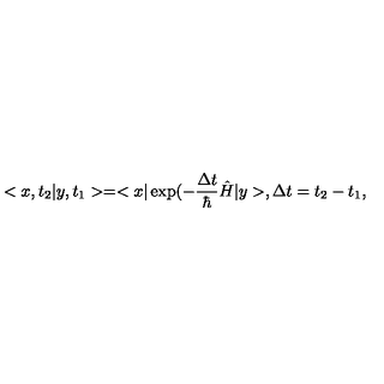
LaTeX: < x , t _ { 2 } | y , t _ { 1 } > = < x | \exp ( - \frac { \Delta t } { \hbar } \hat { H } | y > , \Delta t = t _ { 2 } - t _ { 1 } ,